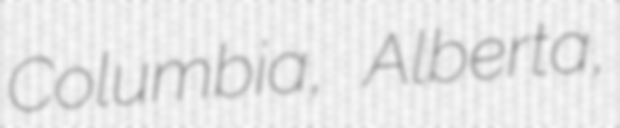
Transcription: Columbia, Alberta,